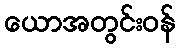
ယောအတွင်းဝန်